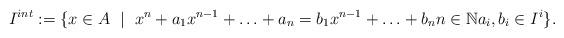
LaTeX: \begin{align*}I^{{int}}:=\{x\in A~ \mid ~x^n+ a_1x^{n-1} + \hdots + a_n = b_1x^{n-1} + \hdots + b_n n \in \mathbb{N} a_i,b_i\in I^{i}\}.\end{align*}